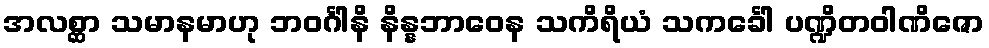
အလစ္ဆာ သမာနမာဟု ဘဝင်္ဂါနိ နိန္နဘာဝေန သကိရိယံ သကင်္ခေါ ပဏ္ဍိတဝါဏိဇော